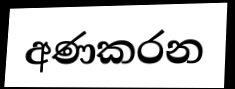
අණකරන